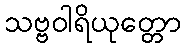
သဗ္ဗဝါရိယုတ္တော